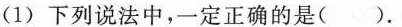
(1)下列说法中，一定正确的是()。